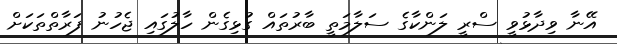
އޭނާ ވިދާޅުވީ ސްރީ ލަންކާގެ ސަލާމަތީ ބާރުތައް ގުޅިގެން ހާލުގައި ޖެހުނު ފަރާތްތަކަށް